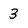
Character: 3